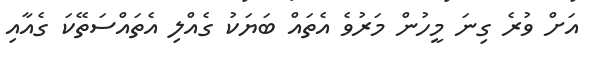
އަށް ވުރެ ގިނަ މީހުން މަރުވެ އެތައް ބަޔަކު ގެއްލި އެތައްސަތޭކަ ގެއާއި